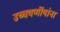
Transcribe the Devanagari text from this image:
उच्चवर्णीयांना